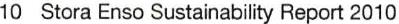
10  Stora Enso Sustainability Report 2010